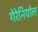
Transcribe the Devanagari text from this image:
गेरेनियोल